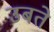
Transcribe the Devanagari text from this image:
उबते